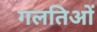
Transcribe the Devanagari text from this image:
गलतिओं